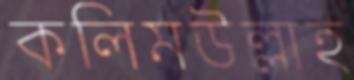
কলিমউল্লাহ